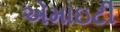
એમાઇટી